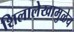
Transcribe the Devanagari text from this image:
शिलालेखामुळेच